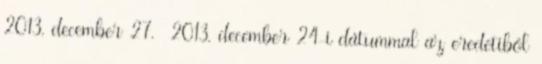
2013. december 27. 2013. december 24-i dátummal az eredetiből